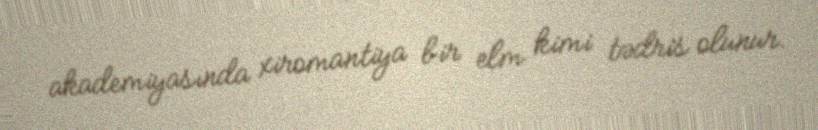
akademiyasında xiromantiya bir elm kimi tədris olunur.